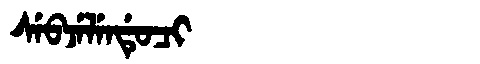
Manchu: ᠰᡝᠪᠵᡝᠯᡝᠨᡩᡠᠴᡳ
Romanization: SEBJELENDUCI